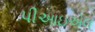
પીઆઇએલ